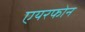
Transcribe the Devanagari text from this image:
एयरफोन